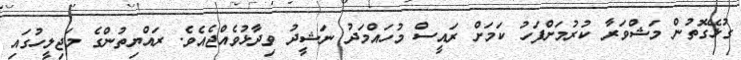
ގުޅޭގޮތުން މަޝްވަރާ ކުރުމަށްފަހު ކަމަށް ރައީސް މުހައްމަދު ނަޝީދު ވިދާޅުވެއްޖެއެވެ. ރައްޔިތުންގެ މަޖިލީހުގައި